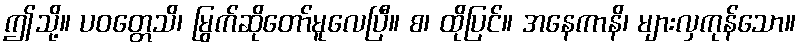
ဤသို့။ ပဝတ္တေသိ၊ မြွက်ဆိုတော်မူလေပြီ။ စ၊ ထိုပြင်။ အနေကာနိ၊ များလှကုန်သော။